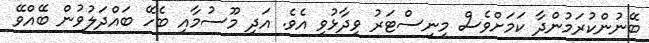
ބޭނުންކުރަމުންދާ ކަމަށްވެސް މިނިސްޓަރު ވިދާޅުވި އެވެ. އަދި މޫސުމާއި ބެހޭ ބައްދަލުވުން ބޭއްވޭ